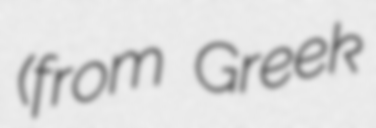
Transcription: (from Greek